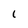
Character: 6